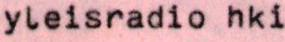
yleisradio hki